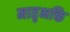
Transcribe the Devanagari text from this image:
मातृभक्ति